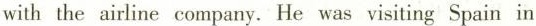
with the airline company. He was visiting Spain in